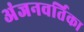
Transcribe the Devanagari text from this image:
अंजनवर्तिका